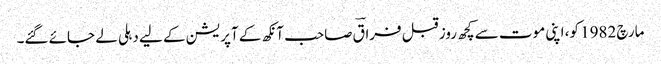
مارچ 1982 کو، اپنی موت سے کچھ روز قبل فراقؔ صاحب آنکھ کے آپریشن کے لیے دہلی لے جائے گئے۔